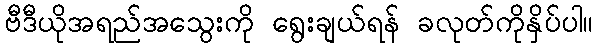
ဗီဒီယိုအရည်အသွေးကို ရွေးချယ်ရန် ခလုတ်ကိုနှိပ်ပါ။